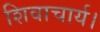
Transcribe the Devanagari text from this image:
शिवाचार्य।